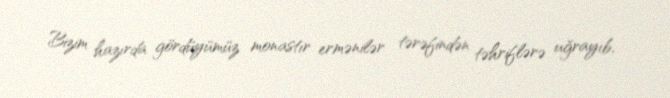
Bizim hazırda gördüyümüz monastır ermənilər tərəfindən təhriflərə uğrayıb,